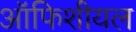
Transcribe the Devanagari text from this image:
ऑफिशीयल